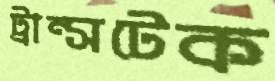
ট্রান্সটেক